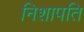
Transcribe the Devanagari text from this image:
निशापति